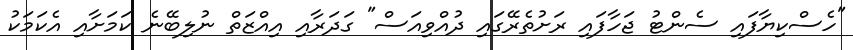
"ހެސްކިޔާފައި ސެންޓު ޖަހާފައި ރަށުތެރޭގައި ދުއްވިއަސް" ގަދަރާއި އިއްޒަތް ނުލިބޭނެ ކަމަށާއި އެކަމަކު